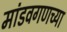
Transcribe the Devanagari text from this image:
मांडवगणच्या